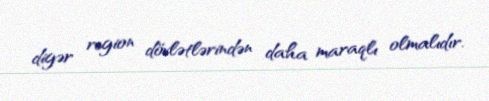
digər region dövlətlərindən daha maraqlı olmalıdır.